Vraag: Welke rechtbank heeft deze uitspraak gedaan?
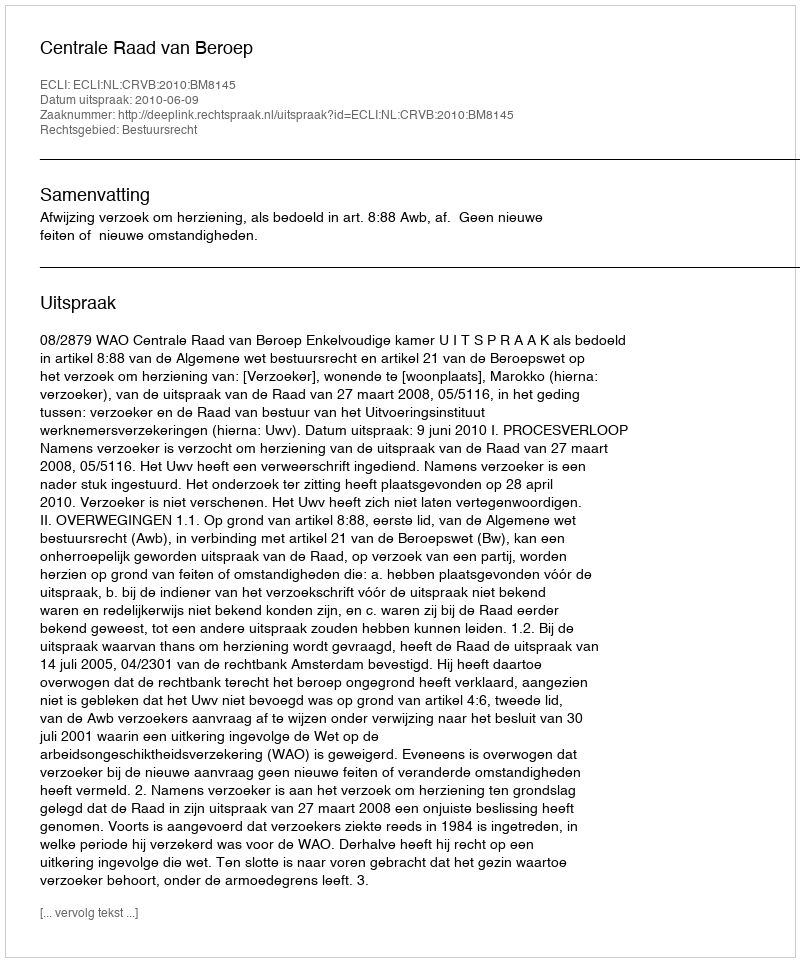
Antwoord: Centrale Raad van Beroep